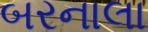
બરનાલા